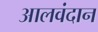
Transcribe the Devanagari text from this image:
आलवंदान